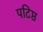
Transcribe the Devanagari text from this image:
पटिष्ठ